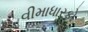
વીમાધારકો